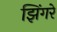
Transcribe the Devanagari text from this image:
झिंगरे